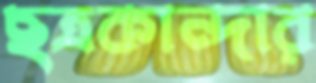
ছত্রকান্দার